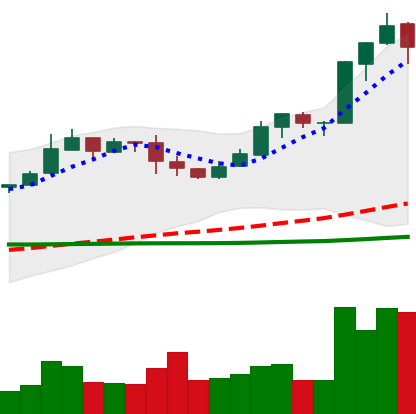
Ticker: BNB-USD
Chart end date: 2019-03-08
Forward return: 5.208%
Label: up_5_7